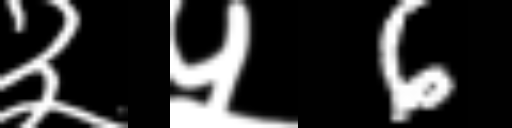
Text: ३५6